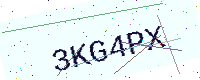
Text: 3KG4PX